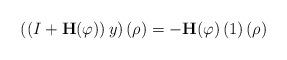
LaTeX: \begin{align*}\left( \left( I+\mathbf{H}(\varphi)\right) y\right) \left( \rho\right)=-\mathbf{H}(\varphi)\left( 1\right) \left( \rho\right)\end{align*}